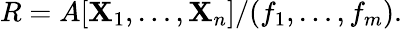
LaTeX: R=A[\mathbf{X}_{1},\ldots,\mathbf{X}_{n}]/(f_{1},\ldots,f_{m}).